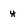
Character: y